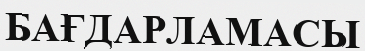
БАҒДАРЛАМАСЫ